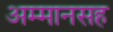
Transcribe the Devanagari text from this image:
अम्मानसह